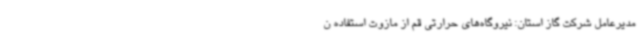
مدیرعامل شرکت گاز استان: نیروگاه‌های حرارتی قم از مازوت استفاده ن